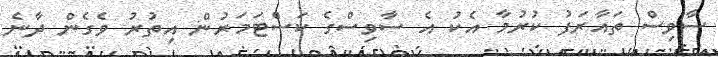
ސާވިސް ތައާރަފު ކުރުމާ އެކު އެ ސާވިސްގެ ކަސްޓަމަރުން އިތުރު ވެގެން ދާނެ